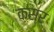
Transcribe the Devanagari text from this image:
क़स्र